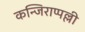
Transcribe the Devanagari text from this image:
कन्जिराप्पल्ली